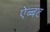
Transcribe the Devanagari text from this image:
ऐब्बट